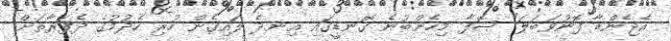
އެޖެންޑާ ފޮނުވަބަލަ" ޞޮފާ މިހެންބުނެ ގޮނޑީގައި އިނދެ ލައިގެން ހުރި ހެދުމުގެ ދެފަރާތަށް